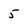
Character: 5